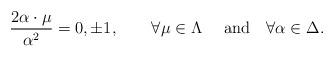
LaTeX: \begin{align*}{2\alpha\cdot\mu\over{\alpha^2}}=0,\pm 1,\quad \quad \forall\mu\in\Lambda\quad \ \mbox{and}\quad \forall\alpha\in\Delta.\end{align*}